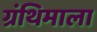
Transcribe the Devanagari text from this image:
ग्रंथिमाला